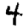
Digit: 4